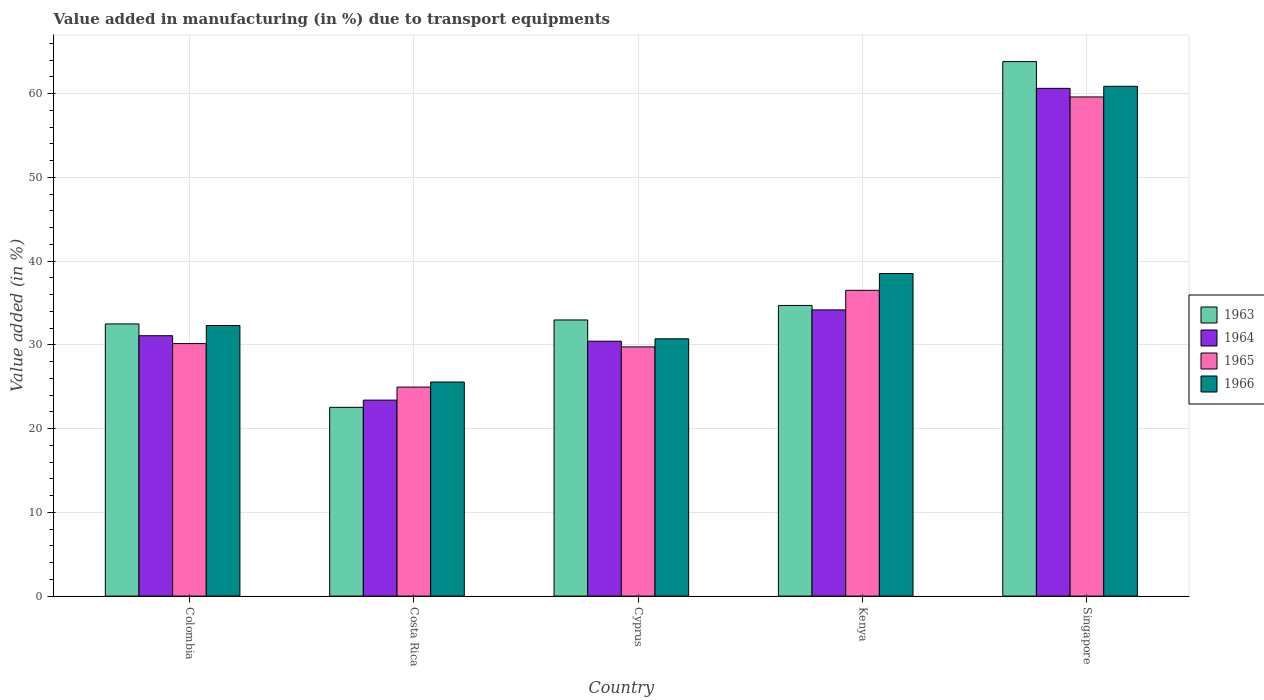
| Country | 1963 | 1964 | 1965 | 1966 |
 | --- | --- | --- | --- | --- |
 | Colombia | 32.5 | 31.1 | 30.1 | 32.3 |
 | Costa Rica | 22.5 | 23.4 | 25 | 25.6 |
 | Cyprus | 33 | 30.4 | 29.8 | 30.7 |
 | Kenya | 34.7 | 34.2 | 36.5 | 38.5 |
 | Singapore | 63.8 | 60.6 | 59.6 | 60.9 |